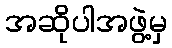
အဆိုပါအဖွဲ့မှ